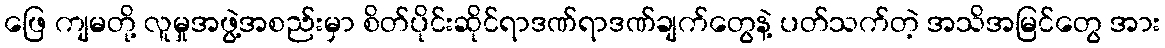
ဖြေ ကျမတို့ လူမှုအဖွဲ့အစည်းမှာ စိတ်ပိုင်းဆိုင်ရာဒဏ်ရာဒဏ်ချက်တွေနဲ့ ပတ်သက်တဲ့ အသိအမြင်တွေ အား